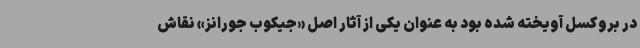
در بروکسل آویخته شده بود به عنوان یکی از آثار اصل «جیکوب جورانز» نقاش